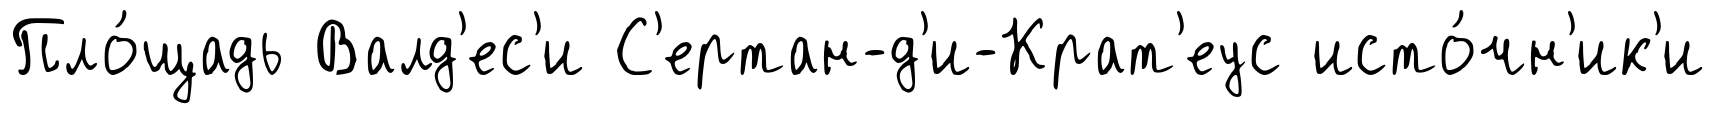
Пло́щадь Валд'ес'и С'ертан-д'и-Крат'еус исто́чн'ик'и